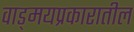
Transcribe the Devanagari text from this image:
वाड्मयप्रकारातील